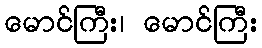
မောင်ကြီး၊ မောင်ကြီး